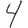
Digit: 4